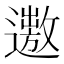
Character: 𨗯